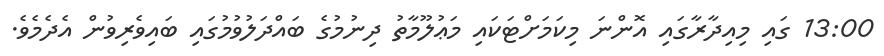
13:00 ގައި މިއިދާރާގައި އޮންނަ މިކަމަށްޓަކައި މަޢުލޫމާތު ދިނުމުގެ ބައްދަލުވުމުގައި ބައިވެރިވުން އެދެމެވެ.